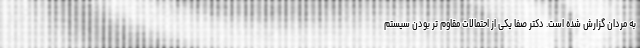
به مردان گزارش شده است. دکتر صفا یکی از احتمالات مقاوم تر بودن سیستم